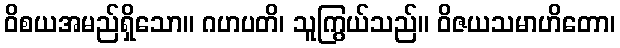
ဝိစယအမည်ရှိသော။ ဂဟပတိ၊ သူကြွယ်သည်။ ဝိဇယသမာဟိတော၊